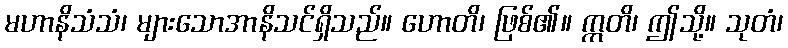
မဟာနိသံသံ၊ များသောအာနိသင်ရှိသည်။ ဟောတိ၊ ဖြစ်၏။ ဣတိ၊ ဤသို့။ သုတံ၊